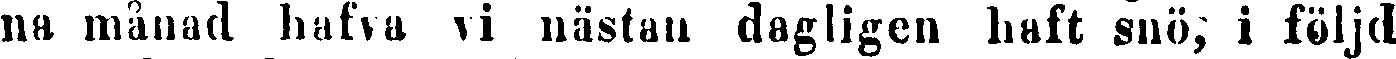
na månad hafva vi nästan dagligen haft snö, i följd